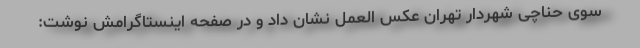
سوی حناچی شهردار تهران عکس العمل نشان داد و در صفحه اینستاگرامش نوشت: